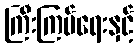
ကြီးကြပ်ရေးနှင့်